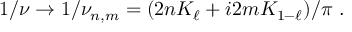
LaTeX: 1 / \nu \rightarrow 1 / \nu _ { n , m } = ( 2 n K _ { \ell } + i 2 m K _ { 1 - \ell } ) / \pi ~ .